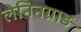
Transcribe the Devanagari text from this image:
लेनिनग्राड़